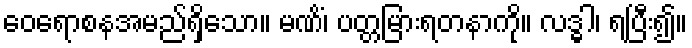
ဝေရောစနအမည်ရှိသော။ မဏိံ၊ ပတ္တမြားရတနာကို။ လဒ္ဓါ၊ ရပြီး၍။